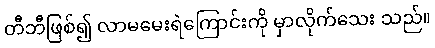
တီဘီဖြစ်၍ လာမမေးရဲကြောင်းကို မှာလိုက်သေး သည်။